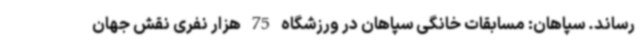
رساند. سپاهان: مسابقات خانگی سپاهان در ورزشگاه 75 هزار نفری نقش جهان